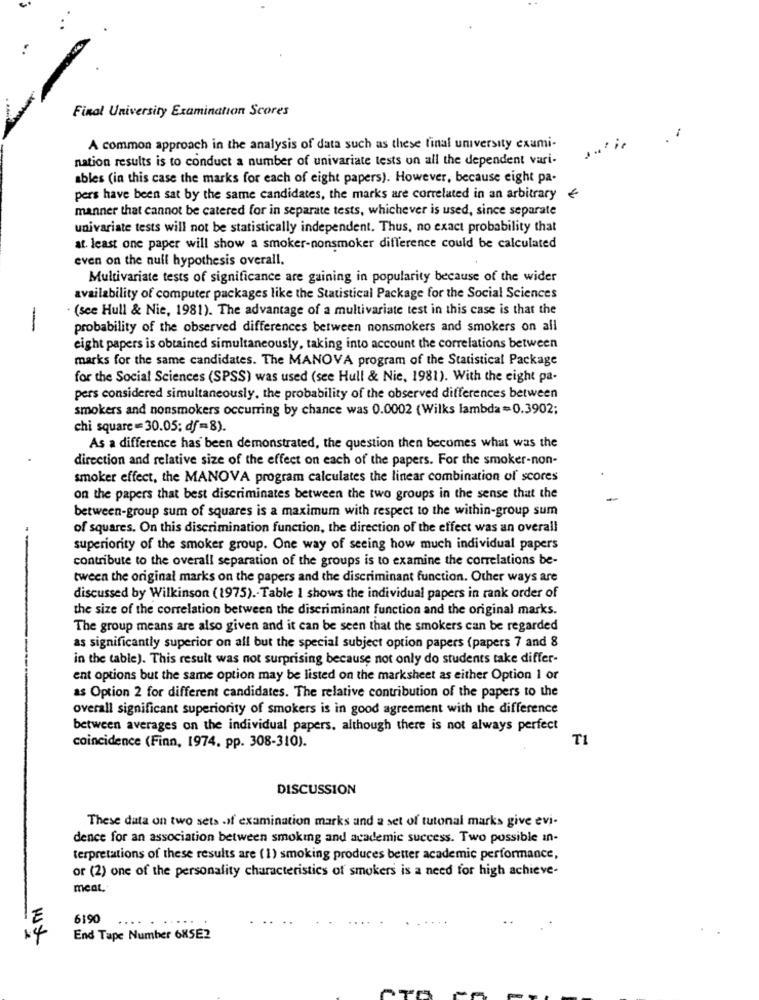
Final University Examination Scores
A common approach in the analysis of data such as these final university exami-
nation results is to conduct a number of univariate tests on all the dependent vari-
ables (in this case the marks for each of eight papers). However, because eight pa-
pers have been sat by the same candidates, the marks are correlated in an arbitrary
€
manner that cannot be catered for in separate tests, whichever is used, since separate
univariate tests will not be statistically independent. Thus, no exact probability that
at least one paper will show a smoker-nonsmoker difference could be calculated
even on the null hypothesis overall.
Multivariate tests of significance are gaining in popularity because of the wider
availability of computer packages like the Statistical Package for the Social Sciences
(see Hull & Nie, 1981). The advantage of a multivariate test in this case is that the
-
probability of the observed differences between nonsmokers and smokers on all
eight papers is obtained simultaneously, taking into account the correlations between
marks for the same candidates. The MANOVA program of the Statistical Package
for the Social Sciences (SPSS) was used (see Hull & Nie, 1981). With the eight pa-
pers considered simultaneously. the probability of the observed differences between
smokers and nonsmokers occurring by chance was 0.0002 (Wilks lambda =0.3902;
chi square = 30.05; df=8).
As a difference has been demonstrated, the question then becomes what was the
direction and relative size of the effect on each of the papers. For the smoker-non-
smoker effect, the MANOVA program calculates the linear combination of scores
on the papers that best discriminates between the two groups in the sense that the
between-group sum of squares is a maximum with respect to the within-group sum
of squares. On this discrimination function, the direction of the effect was an overall
--
superiority of the smoker group. One way of seeing how much individual papers
contribute to the overall separation of the groups is to examine the correlations be-
tween the original marks on the papers and the discriminant function. Other ways are
discussed by Wilkinson (1975) .- Table 1 shows the individual papers in rank order of
the size of the correlation between the discriminant function and the original marks.
The group means are also given and it can be seen that the smokers can be regarded
as significantly superior on all but the special subject option papers (papers 7 and 8
in the table). This result was not surprising because not only do students take differ-
ent options but the same option may be listed on the marksheet as either Option 1 or
as Option 2 for different candidates. The relative contribution of the papers to the
overall significant superiority of smokers is in good agreement with the difference
between averages on the individual papers. although there is not always perfect
TI
coincidence (Finn, 1974, pp. 308-310).
DISCUSSION
These data on two sets of examination marks and a set of tutonal marks give evi-
dence for an association between smoking and academic success. Two possible in-
terpretations of these results are (1) smoking produces better academic performance,
or (2) one of the personality characteristics of smokers is a need for high achieve-
meal
6190
.....
14
End Tape Number 6XSE2